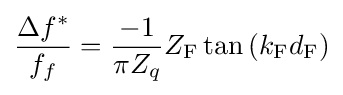
{\frac {\Delta f^{*}}{f_{f}}}={\frac {-1}{\pi Z_{q}}}Z_{\mathrm {F} }\tan \left(k_{\mathrm {F} }d_{\mathrm {F} }\right)